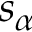
s _ { \alpha }